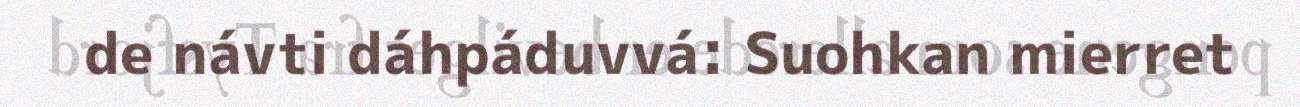
de návti dáhpáduvvá: Suohkan mierret